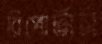
রিপোর্টার্স